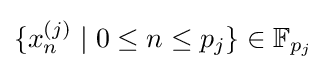
\{x_{n}^{(j)}\mid 0\leq n\leq p_{j}\}\in \mathbb {F} _{p_{j}}